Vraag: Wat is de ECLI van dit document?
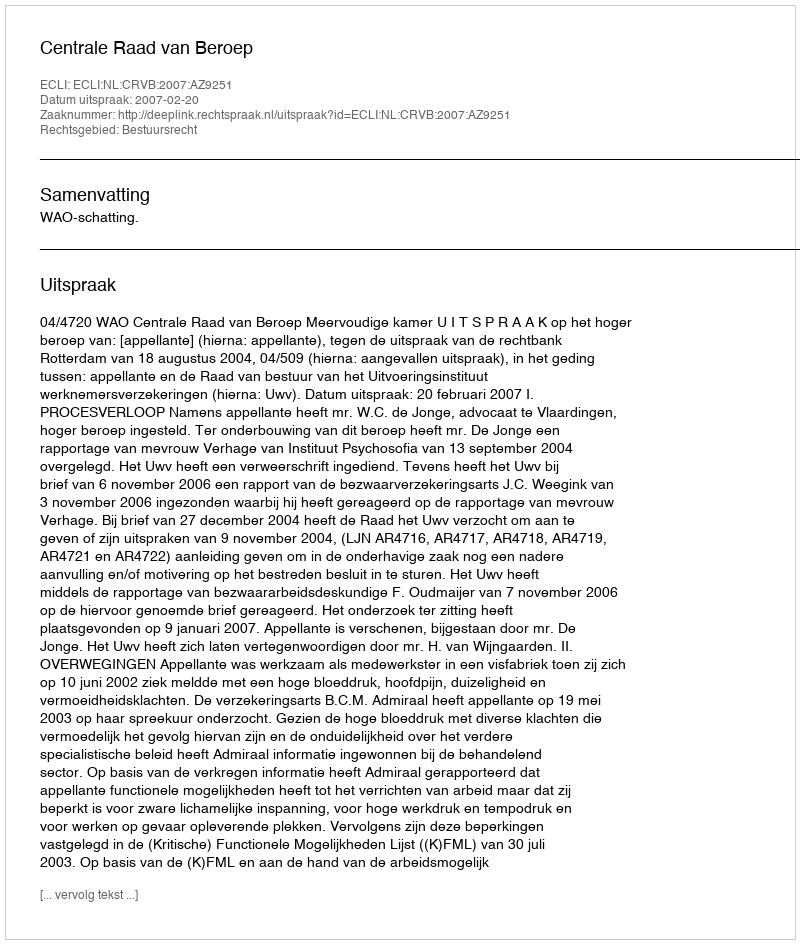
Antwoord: ECLI:NL:CRVB:2007:AZ9251